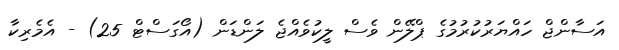
އަސާންޖް ހައްޔަރުކުރުމުގެ ޕްލޭން ވެސް ލީކުވެއްޖެ ލަންޑަން (އޯގަސްޓް 25) - އެމެރިކާ